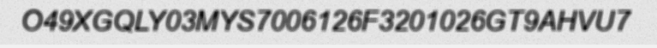
O49XGQLY03MYS7006126F3201026GT9AHVU7